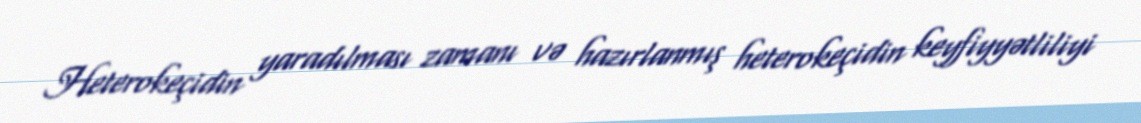
Heterokeçidin yaradılması zamanı və hazırlanmış heterokeçidin keyfiyyətliliyi